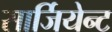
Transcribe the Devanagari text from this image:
सार्जियेन्ट